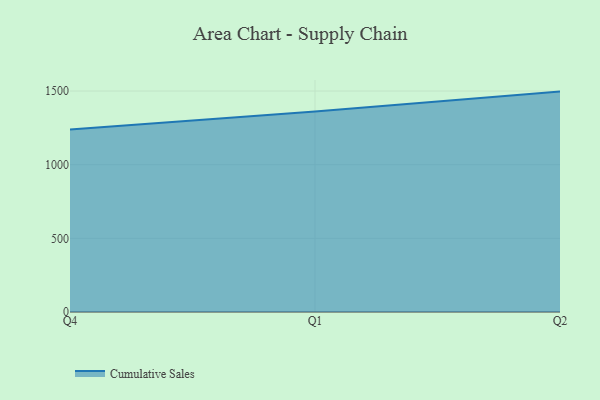
{"axis": {"x": "Quarter", "y": "Inventory Turnover"}, "legend": ["Cumulative Sales"], "data": [{"x": "Q4", "y": 1238.9, "type": "Cumulative Sales"}, {"x": "Q1", "y": 1361.1, "type": "Cumulative Sales"}, {"x": "Q2", "y": 1496.1, "type": "Cumulative Sales"}]}